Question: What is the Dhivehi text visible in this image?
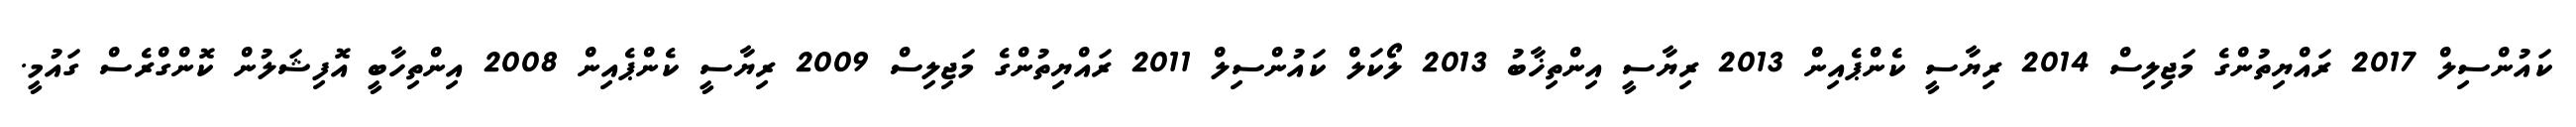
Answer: ކައުންސިލް 2017 ރައްޔިތުންގެ މަޖިލިސް 2014 ރިޔާސީ ކެންޕެއިން 2013 ރިޔާސީ އިންތިޚާބު 2013 ލޯކަލް ކައުންސިލް 2011 ރައްޔިތުންގެ މަޖިލިސް 2009 ރިޔާސީ ކެންޕެއިން 2008 އިންތިހާބީ އޮފިޝަލުން ކޮންގްރެސް ގައުމީ.